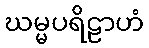
ဃမ္မပရိဠာဟံ